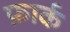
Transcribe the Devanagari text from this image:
फ़ार्क